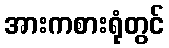
အားကစားရုံတွင်